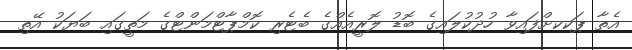
އެތާ ޕަކކށްފައިވާ ހުދުކުލައިގެ ބޮޑު ލޮރީއެއްގެ ބެޓެރި ކޮމްޕާޓްމަންޓްގެ މަތީގައި ބަޔަކު އޭތި